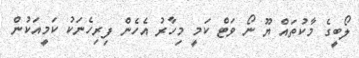
ލޯބީގެ މާކުތައް ޔޫ ނޯ ވަޓް ކަމީ މިހާރު އެހެން ފިރިހެނަކު ކަމީއަކުން